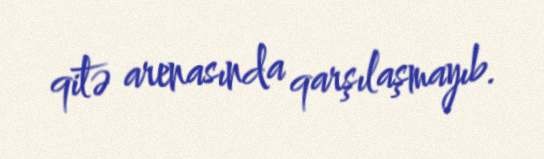
qitə arenasında qarşılaşmayıb.